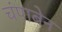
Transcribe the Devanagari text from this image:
चंपाबेन